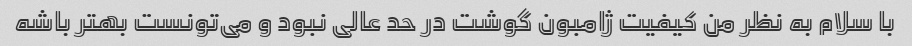
با سلام به نظر من کیفیت ژامبون گوشت در حد عالی نبود و می‌تونست بهتر باشه